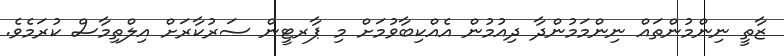
ޒާތީ ނިންމުންތައް ނިންމަމުންދާ ދިއުމުން އެއްކިބާވުމަށް މި ޕާރޓީން ސަރުކާރަށް އިލްތިމާސް ކުރަމެވެ.